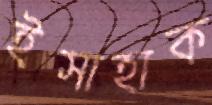
ইসাহাক